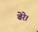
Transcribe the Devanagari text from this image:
बेरे।